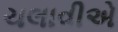
ચલાવીએ